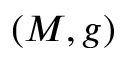
( M , g )